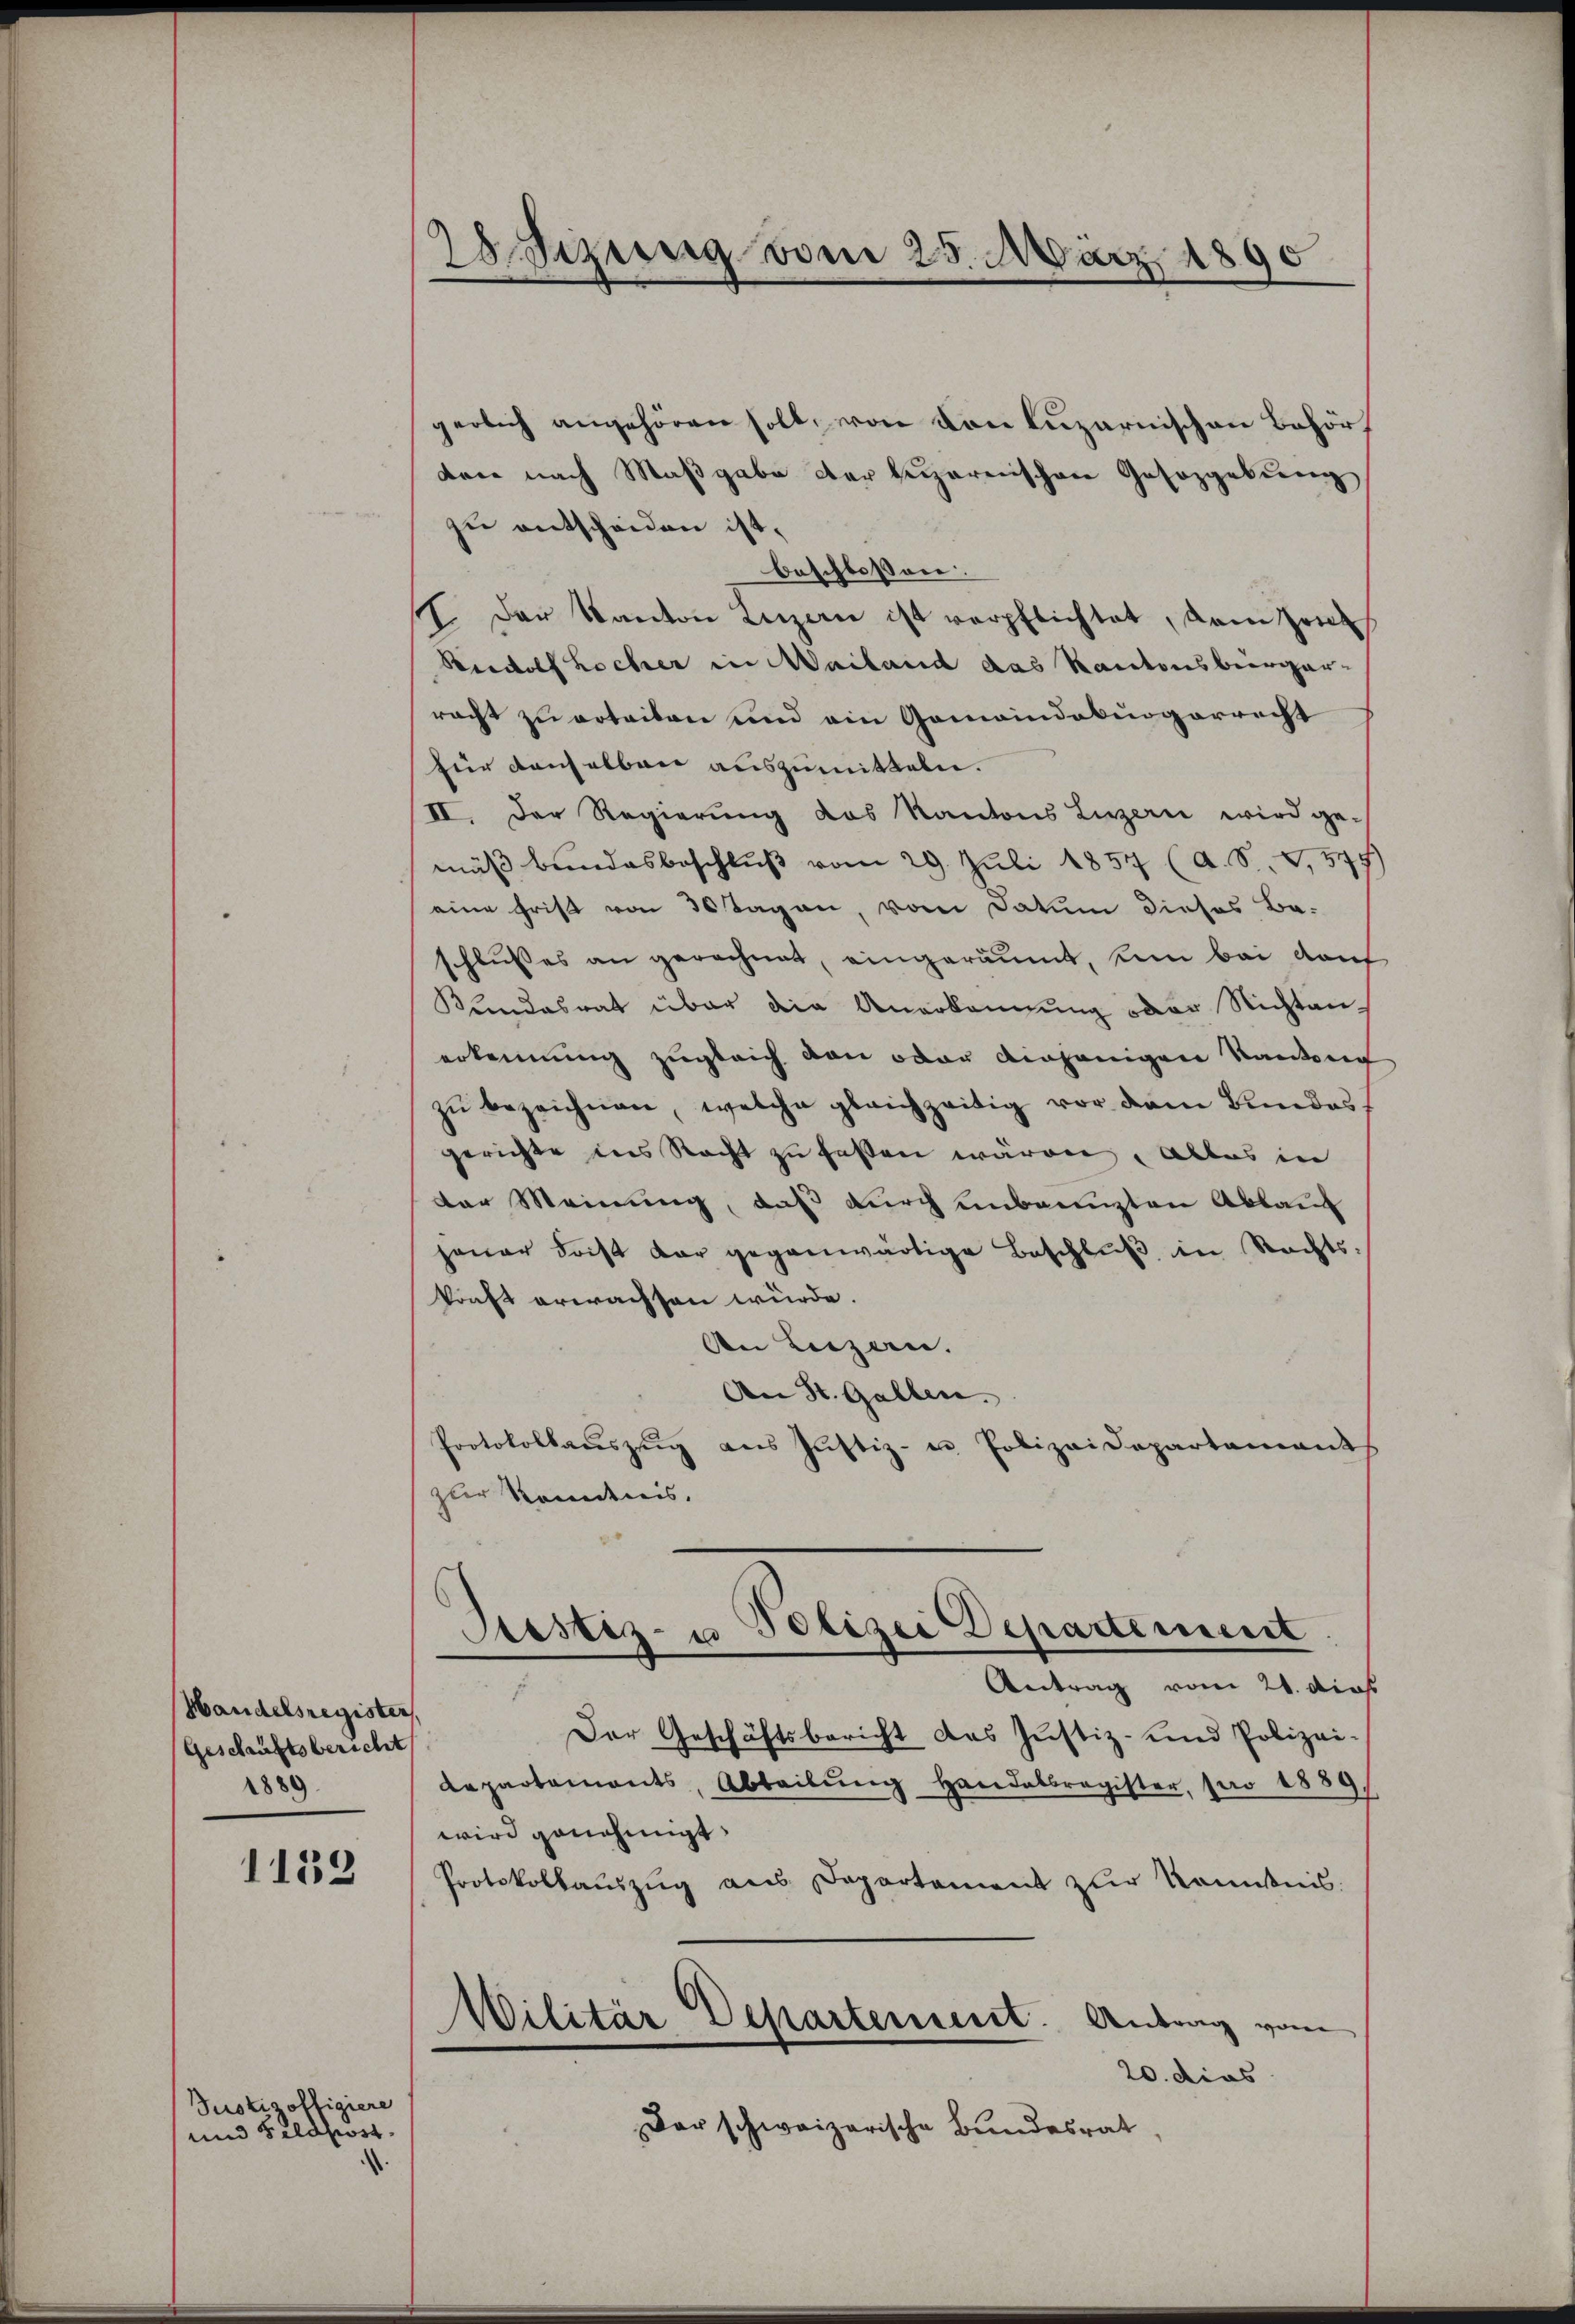
Handelsregister.
Geschäftsbericht
1889.

1153

und Feldpost
.

Justiz offigiere

28 Sezung vom 25. März 1890
.

gerlich angehören soll, von von Luzernischen Behörf
den nach Maßgabe der barenschen Gesozgebung,
zu entscheiden ist.
beschlossen:
I. Der Kanton Luzern ist verpflichtet, dem Zeit
Rudolf Locher in Mailand das Kantonsbürger-
racht zu erteilen und ein Gemeindeburgerrecht
für denselben auszumitteln.
II. Der Regierung das Kantons Linzern wird ge-
mäβ bundesbeschlŭβ vom 29. Juli 1857 (A. S. V, 574
eine christ von 30 Tagen, vom Datum dieses Ba-
schlusses an gerechnet, eingeräumt, kan bei Kauf
Kundesrat über die Anerkennung oder Nichtanerkennung zugleich von oder einjenigen Kantons
zŭ bezeichnen, welche gleichzeitig vor dem Bundes
gerichte des Recht zu fassen wären, alles in
der Meinung, daß durch unbenuzten Ablauf
jener Frist dar gegenwärtige Beschluß in Rechts-
kraft erwachsen würde.
An Luzern.
An St. Gallen.
Protokollaŭszŭg aŭs Jŭstiz- u. Polizeidepartaments
(zur Kondnis.
Stestiz- u Polizei Departement
Antrag vom 21. dies
Der Geschäftsbericht das Justiz- und Polizei-
Departements, Abteilŭng handelsregister, pro 1889.
wird genehmigt.
Protokollaŭszŭg aus Departement zur Kominis
Wilitär Departement. Antrag vom
20. dies
Der schweizerische Bundesrat